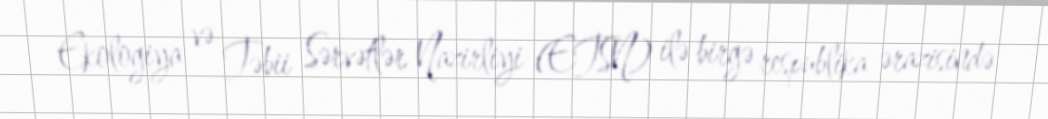
Ekologiya və Təbii Sərvətlər Nazirliyi (ETSN) ilə birgə respublika ərazisində